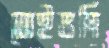
সেইভগি